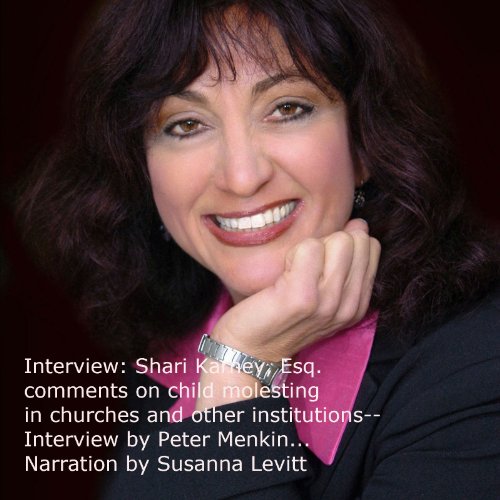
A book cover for Interview: Shari Karney, Esq. Comments on Child Molesting, Churches and Other Institutions; Peter Menkin; Law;